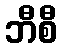
ဘီစီ